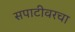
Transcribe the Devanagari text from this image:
सपाटीवरचा